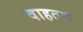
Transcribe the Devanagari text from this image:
वाहतच